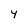
Character: Y